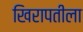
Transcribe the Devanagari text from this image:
खिरापतीला